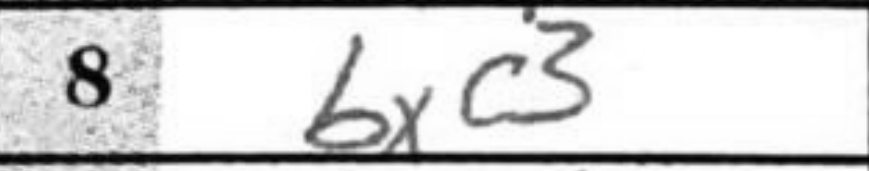
Transcription: bxc3